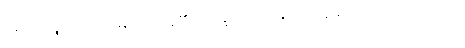
ပုဂ္ဂိုလ်ကို။ ပဿာမိ၊ မြင်တော်မူ၏။ ဘိက္ခဝေ၊ ရဟန်းတို့။ ဣဓ၊ ဤလောက၌။ အဟံ၊